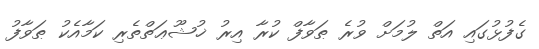
ގެފުޅުގައި އަތް ލުމަށް ވުރެ ޠަވާފް ކުރާ އިރު ޚުޝޫޢަތްތެރި ކަމާއެކު ޠަވާފު